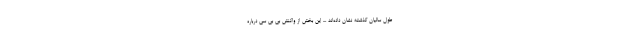
طول سالیان گذشته نشان داده‌اند ... این بخش از واکنش بی بی سی درباره